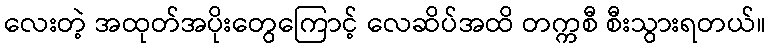
လေးတဲ့ အထုတ်အပိုးတွေကြောင့် လေဆိပ်အထိ တက္ကစီ စီးသွားရတယ်။